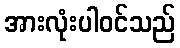
အားလုံးပါဝင်သည်